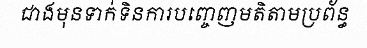
ជាងមុនទាក់ទិនការបញ្ចេញមតិតាមប្រព័ន្ធ